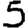
Digit: 5